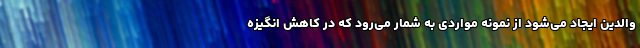
والدین ایجاد می‌شود از نمونه مواردی به شمار می‌رود که در کاهش انگیزه